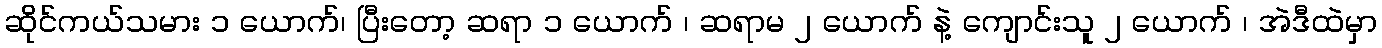
ဆိုင်ကယ်သမား ၁ ယောက်၊ ပြီးတော့ ဆရာ ၁ ယောက် ၊ ဆရာမ ၂ ယောက် နဲ့ ကျောင်းသူ ၂ ယောက် ၊ အဲဒီထဲမှာ